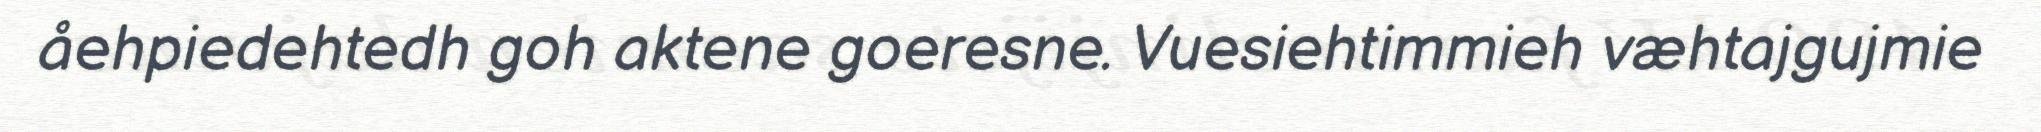
åehpiedehtedh goh aktene goeresne. Vuesiehtimmieh væhtajgujmie